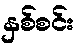
နှစ်စင်း